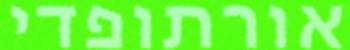
אורתופדי